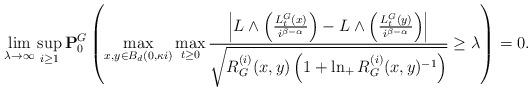
LaTeX: \begin{align*}\lim_{\lambda\rightarrow \infty}\sup_{i\geq 1}\mathbf{P}^{G}_0\left(\max_{x,y\in B_d(0,\kappa i)}\max_{t\geq0}\frac{\left|L\wedge \left(\frac{L^{G}_t(x)}{i^{\beta-\alpha}}\right)-L\wedge \left(\frac{L^{G}_t(y)}{i^{\beta-\alpha}}\right)\right|}{\sqrt{{R}^{(i)}_{G}(x,y)\left(1+\ln_+ {R}^{(i)}_{G}(x,y)^{-1}\right)}}\geq \lambda\right)=0.\end{align*}